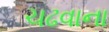
ચઢવાના